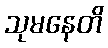
သုမနေတိ